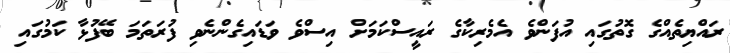
ރައްޔިތެއްގެ ގޮތުގައި އުފަންވެ އެމެރިކާގެ ރައީސްކަމަށް އިސްވެ ވަޑައިގެންނެވި ފުރަތަމަ ބޭފުޅާ ކަމުގައި